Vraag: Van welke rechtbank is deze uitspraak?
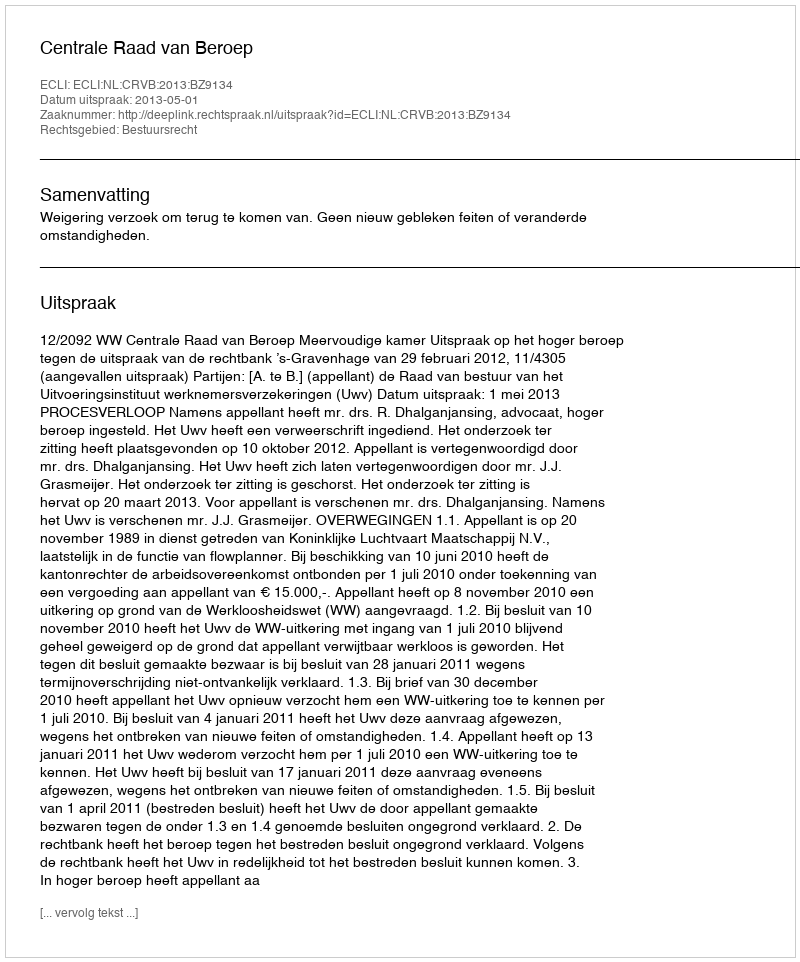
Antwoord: Centrale Raad van Beroep